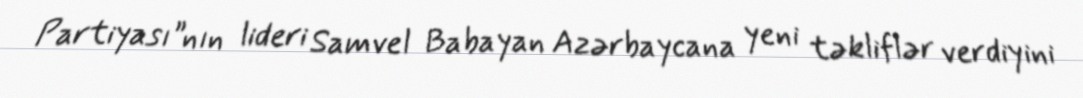
Partiyası”nın lideri Samvel Babayan Azərbaycana yeni təkliflər verdiyini